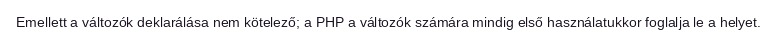
Emellett a változók deklarálása nem kötelező; a PHP a változók számára mindig első használatukkor foglalja le a helyet.